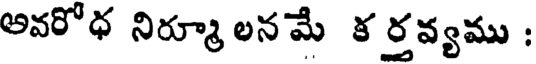
అవరోధ నిర్మూ లనమే క ర్తవ్యము :